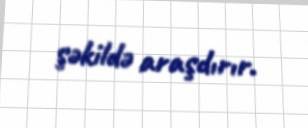
şəkildə araşdırır.